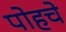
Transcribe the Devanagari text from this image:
पोहचे